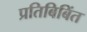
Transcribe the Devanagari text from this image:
प्रतिबिबिंत